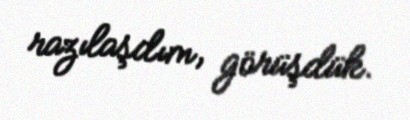
razılaşdım, görüşdük.